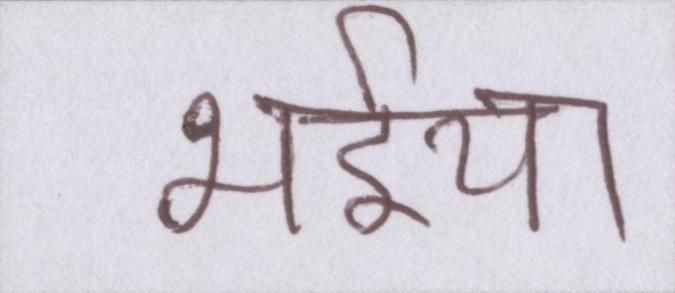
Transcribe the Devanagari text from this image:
भईया